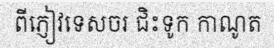
ពីភ្ញៀវទេសចរ ជិះទូក កាណូត